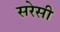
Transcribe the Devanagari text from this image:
सरेसी